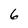
Character: 6